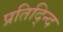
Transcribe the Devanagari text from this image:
प्रतिद्न्दि